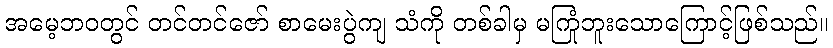
အမေ့ဘဝတွင် တင်တင်ဇော် စာမေးပွဲကျ သံကို တစ်ခါမှ မကြုံဘူးသောကြောင့်ဖြစ်သည်။